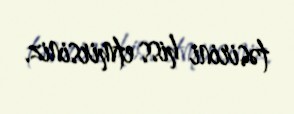
təsirini hiss etmirsiniz.